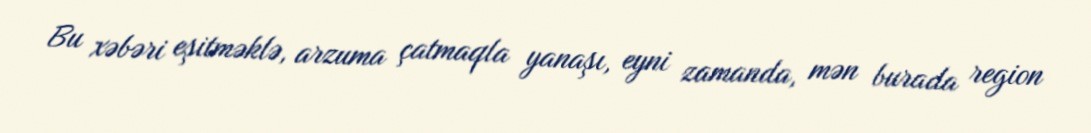
Bu xəbəri eşitməklə, arzuma çatmaqla yanaşı, eyni zamanda, mən burada region